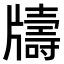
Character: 𤘀